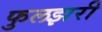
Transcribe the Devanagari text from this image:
फुलझरी